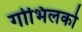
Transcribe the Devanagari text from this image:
गोभिलको